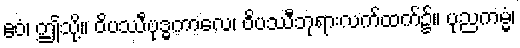
ဧဝံ၊ ဤသို့။ ဝိပဿီဗုဒ္ဓကာလေ၊ ဝိပဿီဘုရားလက်ထက်၌။ ပုညကမ္မံ၊